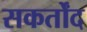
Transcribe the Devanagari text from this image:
सकर्तोंद